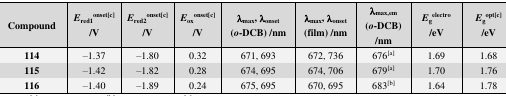
<table><thead><tr><td><b>Compound</b></td><td><b><i>E</i><sub>red1</sub><sup>onset[c]</sup>/V</b></td><td><b><i>E</i><sub>red2</sub><sup>onset[c]</sup>/V</b></td><td><b><i>E</i><sub>ox</sub><sup>onset[c]</sup>/V</b></td><td><b>λ<sub>max</sub>, λ<sub>onset</sub> (<i>o</i>-DCB) /nm</b></td><td><b>λ<sub>max</sub>, λ<sub>onset</sub> (film) /nm</b></td><td><b>λ<sub>max,em</sub> (<i>o</i>-DCB) /nm</b></td><td><b><i>E</i><sub>g</sub><sup>electro</sup>/eV</b></td><td><b><i>E</i><sub>g</sub><sup>opt[c]</sup>/eV</b></td></tr></thead><tbody><tr><td><b>114</b></td><td>–1.37</td><td>–1.80</td><td>0.32</td><td>671, 693</td><td>672, 736</td><td>676<sup>[a]</sup></td><td>1.69</td><td>1.68</td></tr><tr><td><b>115</b></td><td>–1.42</td><td>–1.82</td><td>0.28</td><td>674, 695</td><td>674, 706</td><td>679<sup>[a]</sup></td><td>1.70</td><td>1.76</td></tr><tr><td><b>116</b></td><td>–1.40</td><td>–1.89</td><td>0.24</td><td>675, 695</td><td>670, 695</td><td>683<sup>[b]</sup></td><td>1.64</td><td>1.78</td></tr></tbody></table>